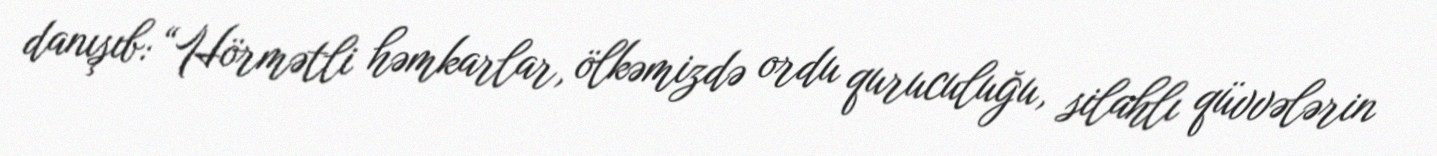
danışıb: “Hörmətli həmkarlar, ölkəmizdə ordu quruculuğu, silahlı qüvvələrin